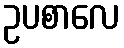
ဥပစာလေ